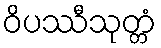
ဝိပဿီသုတ္တံ